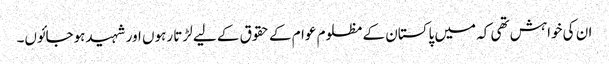
ان کی خواہش تھی کہ میں پاکستان کے مظلوم عوام کے حقوق کے لیے لڑتا رہوں اور شہیدہوجائوں۔